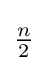
{\begin{matrix}{\frac {n}{2}}\end{matrix}}